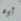
أوه